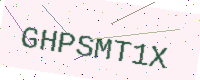
Text: GHPSMT1X